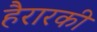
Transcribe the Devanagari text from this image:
हैरारकी